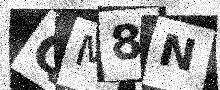
Text: QM8N